Indian journal of veterinary science and animal husbandry - Volumes 22-23, 1952-1953
Year: 1952
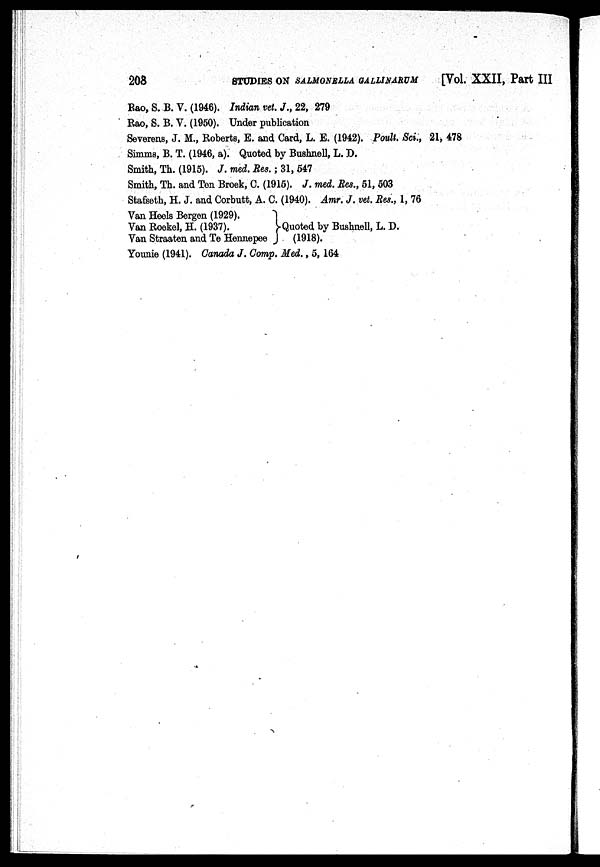
208
STUDIES ON SALMONELLA QALLINARUM [Vol. XXII, Part III
Rao, S. B. V. (1946). Indian vet. J., 22, 279
Rao, S. B. V. (1950). Under publication
Severens, J. M., Roberts, B. and Card, L. E. (1942). Poult. Sci., 21, 478
Simms, B. T. (1946, a). Quoted by Bushnell, L. D.
Smith, Th. (1915). J. med. Res. ; 31, 547
Smith, Th. and Ten Broek, C. (1915). J. med. Res., 51, 503
Stafseth, H. J. and Corbutt, A. C. (1940). Amr, J. vet. Res., 1, 76
Van Heels Bergen (1929).
Van Roekel, H. (1937).
Van Straaten and Te Hennepee
Quoted by Bushnell, L. D.
(1918).
Younie (1941). Canada J. Comp. Med., 5, 164